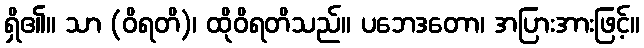
ရှိ၏။ သာ (ဝိရတိ)၊ ထိုဝိရတိသည်။ ပဘေဒတော၊ အပြားအားဖြင့်။